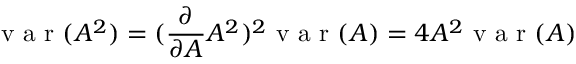
\mathrm { ~ v ~ a ~ r ~ } ( A ^ { 2 } ) = ( \frac { \partial } { \partial A } A ^ { 2 } ) ^ { 2 } \mathrm { ~ v ~ a ~ r ~ } ( A ) = 4 A ^ { 2 } \mathrm { ~ v ~ a ~ r ~ } ( A )